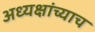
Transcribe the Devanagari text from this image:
अध्यक्षांच्याच